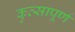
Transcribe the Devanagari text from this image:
कुत्सापूर्ण